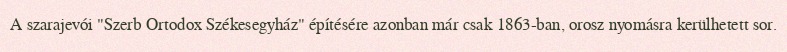
A szarajevói "Szerb Ortodox Székesegyház" építésére azonban már csak 1863-ban, orosz nyomásra kerülhetett sor.